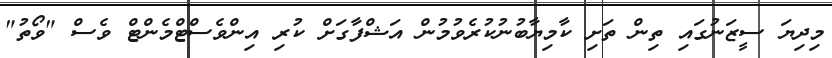
މިދިޔަ ސީޒަނުގައި ތިން ތަށި ކާމިޔާބުނުކުރެވުމުން އަޝްފާގަށް ކުރި އިންވެސްޓްމެންޓް ވެސް "ވޯތު"